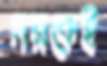
নরকেই